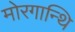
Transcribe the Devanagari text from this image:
मोरगान्थि